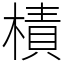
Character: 樍